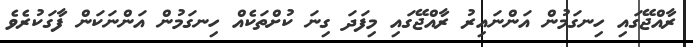
ރާއްޖޭގައި ހިނގަމުން އަންނައިރު ރާއްޖޭގައި މިފަދަ ގިނަ ކުށްތަކެއް ހިނގަމުން އަންނަކަން ފާގަކުރެވެ